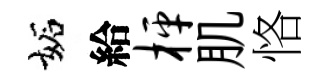
妬給枰肌恪